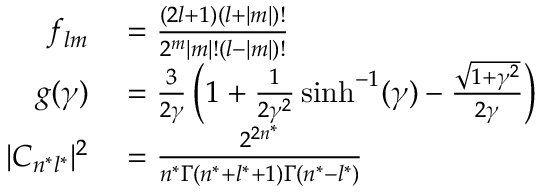
\begin{array} { r l } { f _ { l m } } & { { } = { \frac { ( 2 l + 1 ) ( l + | m | ) ! } { 2 ^ { m } | m | ! ( l - | m | ) ! } } } \\ { g ( \gamma ) } & { { } = { \frac { 3 } { 2 \gamma } } \left( 1 + { \frac { 1 } { 2 \gamma ^ { 2 } } } \sinh ^ { - 1 } ( \gamma ) - { \frac { \sqrt { 1 + \gamma ^ { 2 } } } { 2 \gamma } } \right) } \\ { | C _ { n ^ { * } l ^ { * } } | ^ { 2 } } & { { } = { \frac { 2 ^ { 2 n ^ { * } } } { n ^ { * } \Gamma ( n ^ { * } + l ^ { * } + 1 ) \Gamma ( n ^ { * } - l ^ { * } ) } } } \end{array}